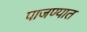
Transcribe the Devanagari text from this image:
पाजण्यात